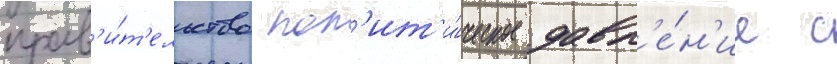
прав'и́т'ельство пол'ит'и́ческое давл'е́н'ие с